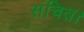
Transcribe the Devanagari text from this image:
संचित।